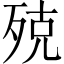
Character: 殑